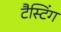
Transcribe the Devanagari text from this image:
टैस्टिंग